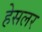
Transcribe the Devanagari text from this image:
हेसलर